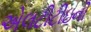
એલટીટીઇની